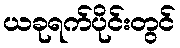
ယခုရက်ပိုင်းတွင်